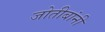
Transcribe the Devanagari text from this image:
जोतीबांनी